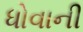
ધોવાની